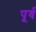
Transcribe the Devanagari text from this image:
पूर्व